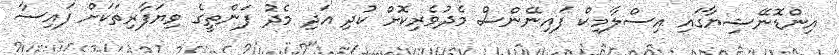
އިންޑޮނޭޝިޔާގައި އިސްލާމިކް ފައިނޭންސް މެދުވެރިކޮށް ކުދި އަދި މެދު ފަންތީގެ ވިޔަފާރިތަކަށް ފައިސާ